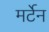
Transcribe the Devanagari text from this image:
मर्टेन